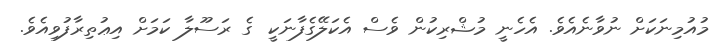
މުއުމިނަކަށް ނުވާނެއެވެ. އެހެނީ މުޝްރިކުން ވެސް އެކަލޭގެފާނަކީ  ގެ ރަސޫލާ ކަމަށް އިޢުތިރާފުވިއެވެ.